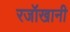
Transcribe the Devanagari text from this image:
रजॉखानी